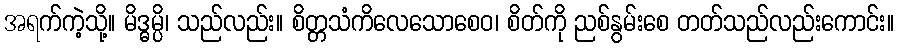
အရက်ကဲ့သို့။ မိဒ္ဓမ္ပိ၊ သည်လည်း။ စိတ္တသံကိလေသောစေဝ၊ စိတ်ကို ညစ်နွမ်းစေ တတ်သည်လည်းကောင်း။